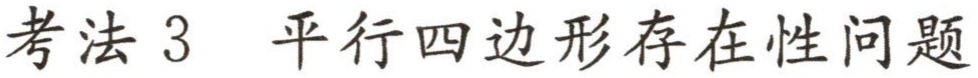
考法 3 平行四边形存在性问题